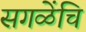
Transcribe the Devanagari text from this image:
सगळेंचि